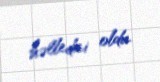
həlledici oldu.